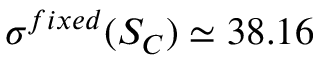
\sigma ^ { f i x e d } ( S _ { C } ) \simeq 3 8 . 1 6